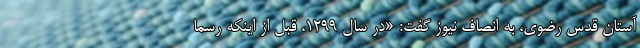
آستان قدس رضوی، به انصاف نیوز گفت: «در سال ۱۲۹۹، قبل از اینکه رسماً